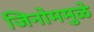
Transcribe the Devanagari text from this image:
जिनोममुळे